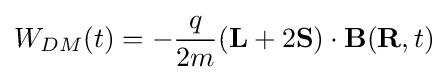
W_{DM}(t)=-{\frac {q}{2m}}(\mathbf {L} +2\mathbf {S} )\cdot \mathbf {B} (\mathbf {R} ,t)